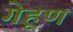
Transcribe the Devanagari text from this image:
गेहूण